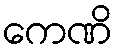
ကေဏိ